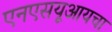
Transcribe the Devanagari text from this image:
एनएसयूआयचा